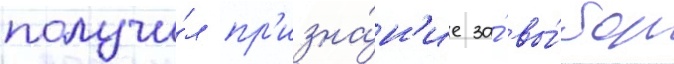
получи́л пр'изна́н'ие за́ вы́бор